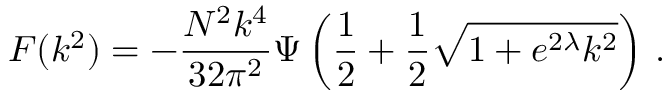
{ \cal F } ( k ^ { 2 } ) = - \frac { N ^ { 2 } k ^ { 4 } } { 3 2 \pi ^ { 2 } } \Psi \left( \frac { 1 } { 2 } + \frac { 1 } { 2 } \sqrt { 1 + e ^ { 2 \lambda } k ^ { 2 } } \right) \, .